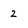
Character: 2